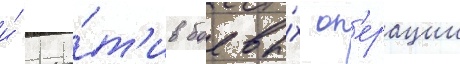
и́ про́т'ив боевы́х оп'ерации